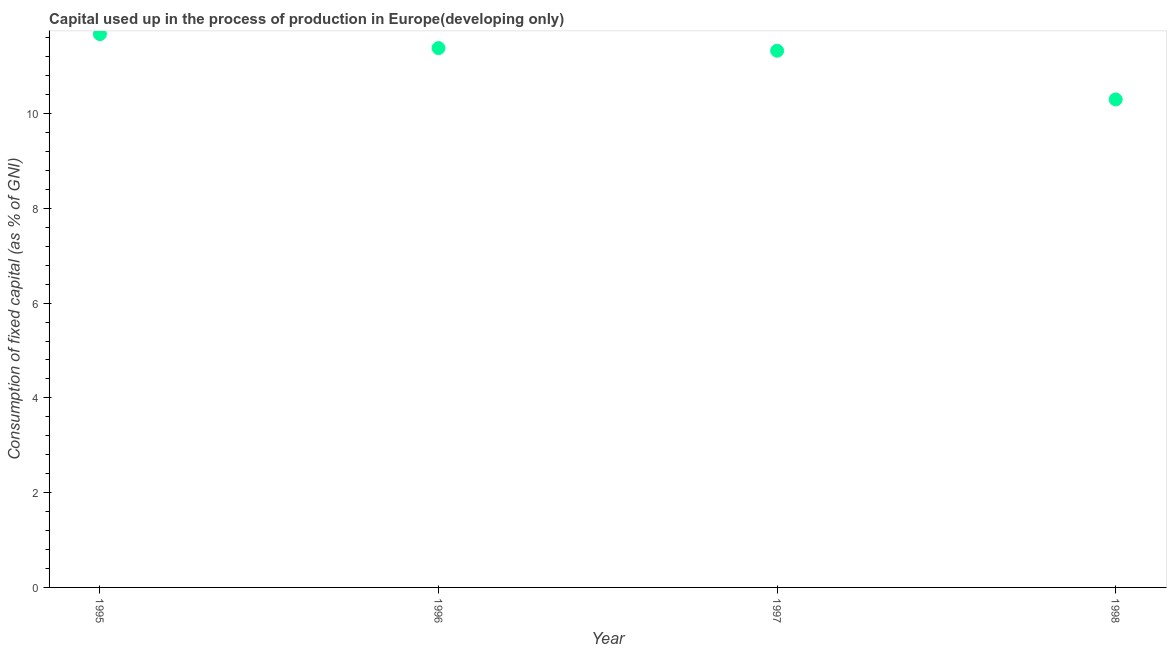
| Year | Consumption of fixed capital |
 | --- | --- |
 | 1995 | 11.7 |
 | 1996 | 11.4 |
 | 1997 | 11.3 |
 | 1998 | 10.3 |